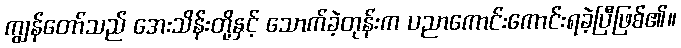
ကျွန်တော်သည် အေးသိန်းတို့နှင့် သောက်ခဲ့တုန်းက ပညာကောင်းကောင်းရခဲ့ပြီဖြစ်၏။